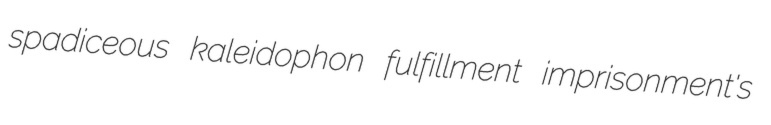
spadiceous kaleidophon fulfillment imprisonment's